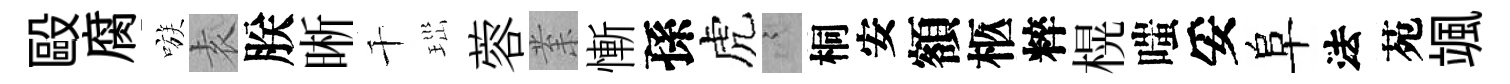
毆腐嗾𡊮朕晰千𤤼蓉𭪙慚孫虎謭桐安額柩粹榥嗤妥阜法苑颯